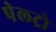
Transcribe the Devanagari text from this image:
पेल्ट्रो